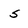
Character: S